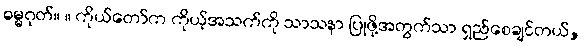
ဓမ္မဂုတ်။ ။ ကိုယ်တော်က ကိုယ့်အသက်ကို သာသနာ ပြုဖို့အတွက်သာ ရှည်စေချင်တယ်,